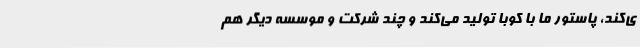
ی‌کند، پاستور ما با کوبا تولید می‌کند و چند شرکت و موسسه دیگر هم